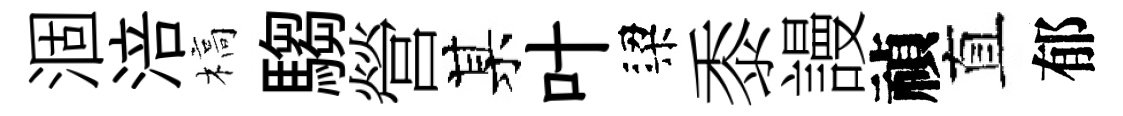
涸涪槁騶營某叶梁黍謾禎直郁